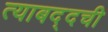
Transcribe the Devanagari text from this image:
त्याबद्दची